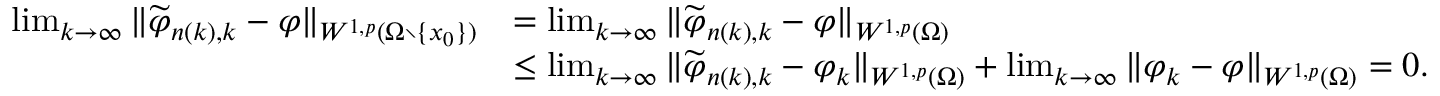
\begin{array} { r l } { \operatorname* { l i m } _ { k \to \infty } \| \widetilde { \varphi } _ { n ( k ) , k } - \varphi \| _ { W ^ { 1 , p } ( \Omega \setminus \{ x _ { 0 } \} ) } } & { = \operatorname* { l i m } _ { k \to \infty } \| \widetilde { \varphi } _ { n ( k ) , k } - \varphi \| _ { W ^ { 1 , p } ( \Omega ) } } \\ & { \le \operatorname* { l i m } _ { k \to \infty } \| \widetilde { \varphi } _ { n ( k ) , k } - \varphi _ { k } \| _ { W ^ { 1 , p } ( \Omega ) } + \operatorname* { l i m } _ { k \to \infty } \| \varphi _ { k } - \varphi \| _ { W ^ { 1 , p } ( \Omega ) } = 0 . } \end{array}